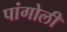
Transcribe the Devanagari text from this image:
पांगोली